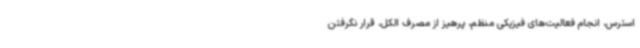
استرس، انجام فعالیت‌های فیزیکی منظم، پرهیز از مصرف الکل، قرار نگرفتن